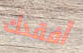
أفقدك